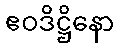
ဧဝဒိဋ္ဌိနော